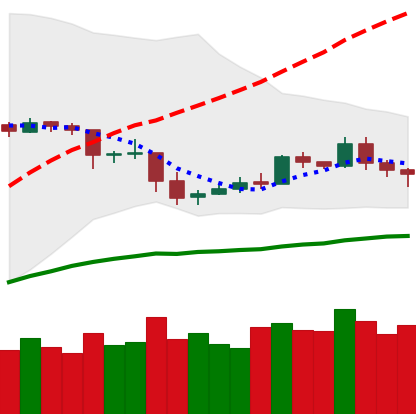
Ticker: ETC-USD
Chart end date: 2019-05-06
Forward return: 6.765%
Label: up_5_7